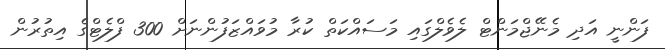
ފަންނީ އަދި މެނޭޖްމަންޓް ލެވެލްގައި މަސައްކަތް ކުރާ މުވައްޒަފުންނަށް 300 ފްލެޓްގެ އިތުރުން